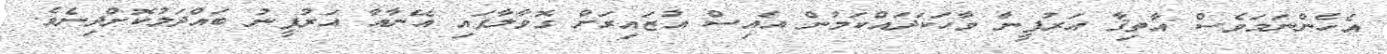
އެހެންނަމަވެސް އާތިޤާ އަރުފީނާ ވާހަކަދައްކަމުން އައިސް އުޒައިރަށް ގޮވާލާފައި އޭނާއާ އަރުފީނު ބައްދަލުކޮށްދިނެވެ.